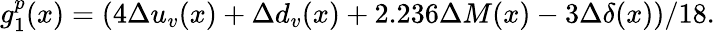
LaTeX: g_{1}^{p}(x)=(4\Delta u_{v}(x)+\Delta d_{v}(x)+2.236\Delta M(x)-3\Delta\delta(x))/18.